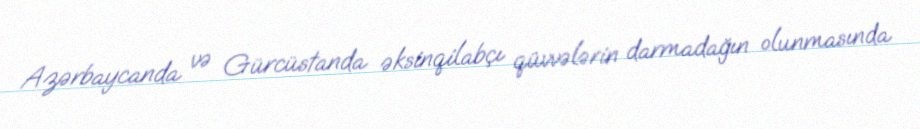
Azərbaycanda və Gürcüstanda əksinqilabçı qüvvələrin darmadağın olunmasında